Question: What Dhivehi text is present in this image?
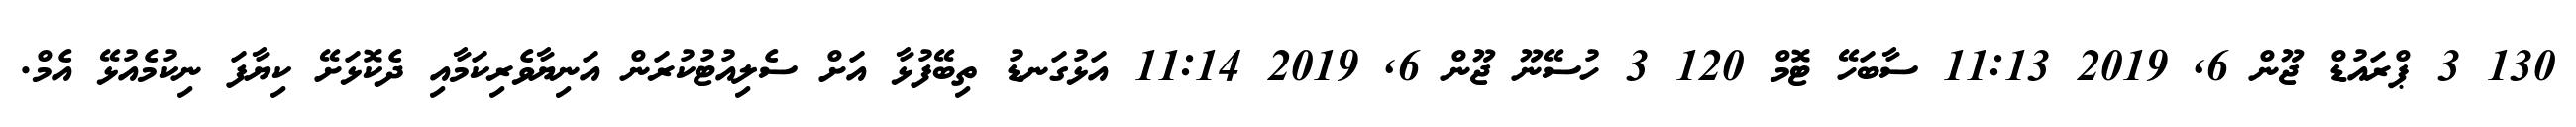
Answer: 130 3 ޕްރައުޑް ޖޫން 6, 2019 11:13 ސާބަހޭ ޓޮމް 120 3 ހުސޭނޫ ޖޫން 6, 2019 11:14 އަޅުގަނޑު ތިބޭފުޅާ އަށް ސެލިއުޓުކުރަން އަނިޔާވެރިކަމާއި ދެކޮޅަށޭ ކިޔާފަ ނިކުމެއުޅޭ އެމް.